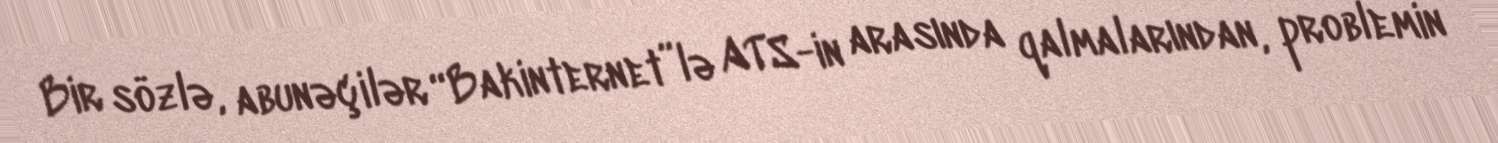
Bir sözlə, abunəçilər “Bakinternet”lə ATS-in arasında qalmalarından, problemin